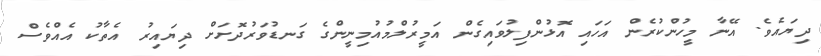
ދިޔައެވެ. އޭނާ މީހުންކުރެން އަހައި އޮޅުންފިލުވައިގެން އަމީރުލްމުއުމިނީންގެ ގަނޑުވަރުދޮށަށް ދިޔައިރު އެތާކު އެއްވެސް